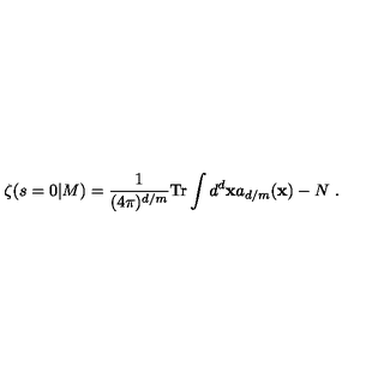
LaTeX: \zeta ( s = 0 | M ) = { \frac { 1 } { ( 4 \pi ) ^ { d / m } } } \mathrm { T r } \int d ^ { d } { \bf x } a _ { d / m } ( { \bf x } ) - N \ .